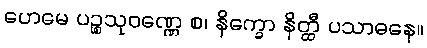
ဟေမေ ပဉ္စသုဝဏ္ဏေ စ၊ နိက္ခော နိတ္ထီ ပသာဓနေ။